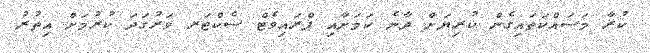
ކުރާ މަސައްކަތައިގެން ކުރިޔަށް ދާނެ ކަމަށާއި ޕްރައިވެޓް ސެކްޓަރ ވަރުގަދަ ކުރުމަށް އިތުރު